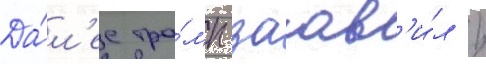
Да́л'ее тра́мп заав'и́л /